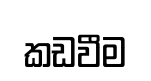
කඩවීම